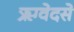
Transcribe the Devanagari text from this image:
ऋग्वेदसे